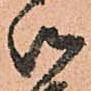
御